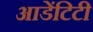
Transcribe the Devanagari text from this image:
आडेंटिटी